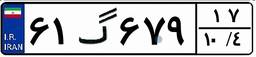
۶۱گ۶۷۹۱۷